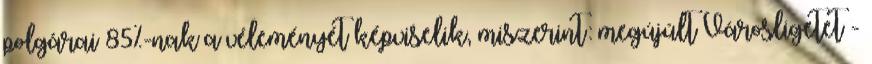
polgárai 85%-nak a véleményét képviselik, miszerint: megújúlt Városligetet -